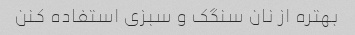
بهتره از نان سنگک و سبزی استفاده کنن